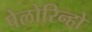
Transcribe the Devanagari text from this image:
पेलोरिन्हो